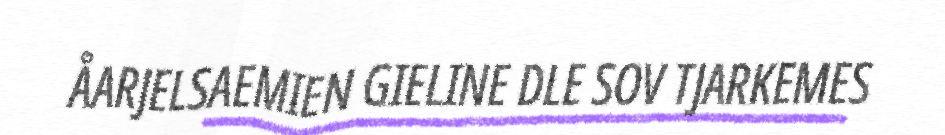
ÅARJELSAEMIEN GIELINE DLE SOV TJARKEMES